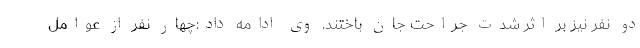
دو نفر نیز بر اثر شدت جراحت جان باختند. وی ادامه داد:چهار نفر از عوامل